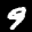
Label: 9